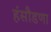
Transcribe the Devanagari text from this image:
हंसौडणा